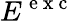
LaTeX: E^{\mathrm{~e~x~c~}}